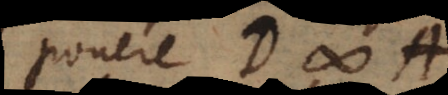
ponere D # A,